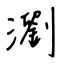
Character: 瀏